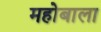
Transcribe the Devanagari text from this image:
महोबाला